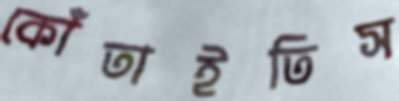
কোঁতাইতিস